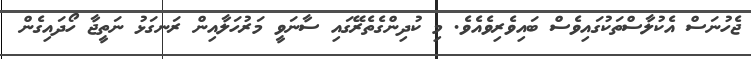
ޖެހުނަސް އެކުލާސްތަކުގައިވެސް ބައިވެރިވެއެވެ. މި ކުދިންގެތެރޭގައި ސާނަވީ މަރުހަލާއިން ރަނގަޅު ނަތީޖާ ހޯދައިގެން